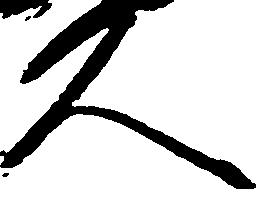
久